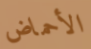
الأحماض